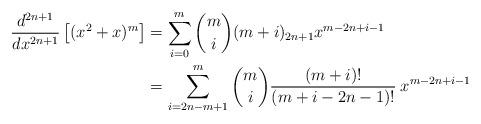
LaTeX: \begin{align*} \frac{d^{2n+1}}{dx^{2n+1}} \left[ (x^2+x)^{m} \right] &= \sum\limits_{i=0}^m {m\choose i} (m+i)_{2n+1} x^{m-2n+i-1}\\ &= \sum\limits_{i=2n-m+1}^m {m \choose i} \frac{(m + i)!}{(m+i-2n-1)!}\:x^{m-2n+i-1}\end{align*}